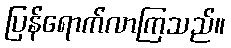
ပြန်ရောက်လာကြသည်။